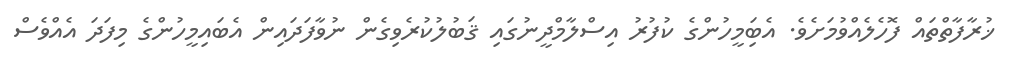
ޚުރާފާތްތައް ފޮހެލެއްވުމަށެވެ. އެބަިމީހުންގެ ކުފުރު އިސްލާމްދީނުގައި ޤަބުލުކުރެވިގެން ނުވާފަދައިން އެބައިމީހުންގެ މިފަދަ އެއްވެސް